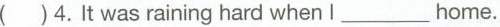
( )4.It was raining hard when I___home.